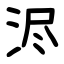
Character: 浕